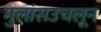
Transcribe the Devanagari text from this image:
मुलांसउचलून